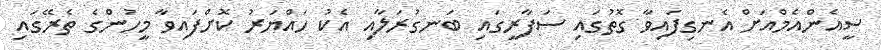
ސީއެންއެމްއަށް އެނގިފައިވާ ގޮތުގައި ސަފާރީގައި ބަނގުރަލާއި އެކު ހައްޔަރު ކޮށްފައިވާ މީހުންގެ ތެރޭގައި